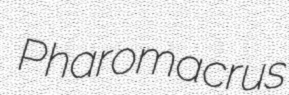
Pharomacrus